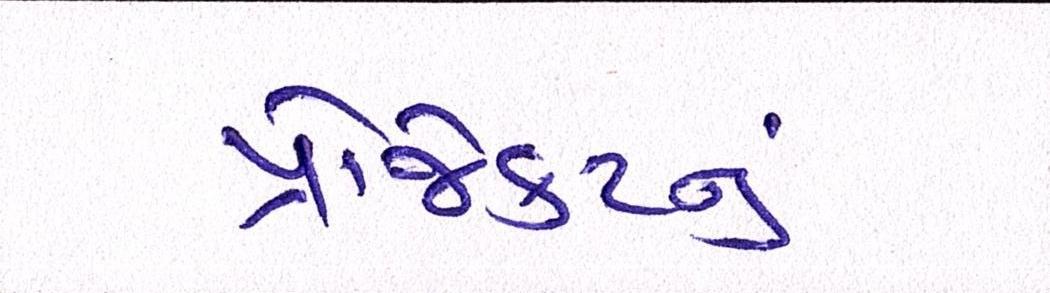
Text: પ્રોજેકટનું